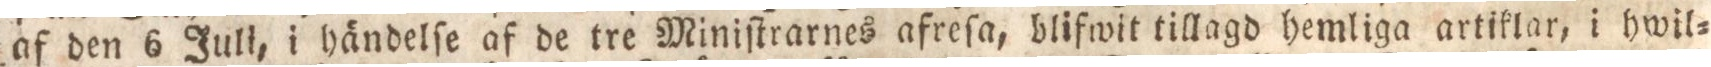
af den 6 Juli, i händelſe af de tre Miniſtrarnes afreſa, blifwit tillagd hemliga artiklar, i hwil=